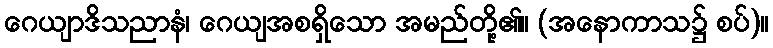
ဂေယျာဒိသညာနံ၊ ဂေယျအစရှိသော အမည်တို့၏။ (အနောကာသ၌ စပ်)။